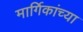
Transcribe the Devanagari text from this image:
मार्गिकांच्या